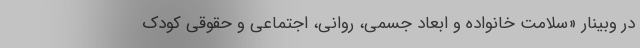
در وبینار «سلامت خانواده و ابعاد جسمی، روانی، اجتماعی و حقوقی کودک